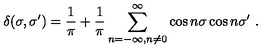
\delta ( \sigma , \sigma ^ { \prime } ) = \frac { 1 } { \pi } + \frac { 1 } { \pi } \sum _ { n = - \infty , n \neq 0 } ^ { \infty } \cos n \sigma \cos n \sigma ^ { \prime } \ .